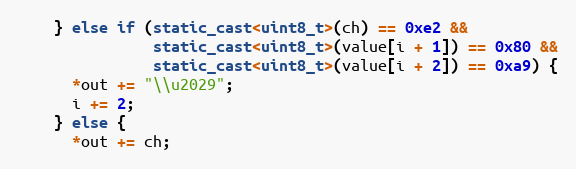
Language: C++
    } else if (static_cast<uint8_t>(ch) == 0xe2 &&
               static_cast<uint8_t>(value[i + 1]) == 0x80 &&
               static_cast<uint8_t>(value[i + 2]) == 0xa9) {
      *out += "\\u2029";
      i += 2;
    } else {
      *out += ch;